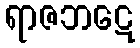
ရာဇဘဋေ